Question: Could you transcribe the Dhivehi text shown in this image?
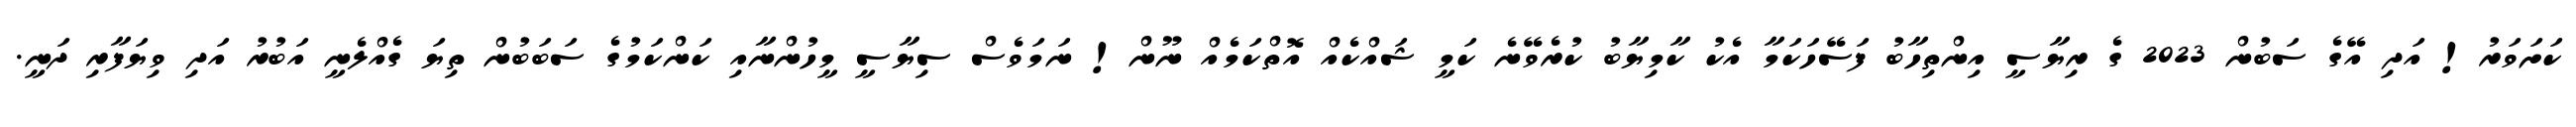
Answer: ކަށަވަރު! އަދި އޭގެ ސަބުން 2023 ގެ ރިޔާސީ އިންތިހާބު ފަސޭހަކަމާ އެކު ކާމިޔާބު ކުރެވޭނެ ކަމީ ޝައްކެއް އޮތްކަމެއް ނޫން! ނަމަވެސް ސިޔާސީ މީހުންނާއި ކަންކަމުގެ ސަބަބުން ތިޔަ ގެއްލެނީ އަބުރު އަދި ވިޔަފާރި ދަނީ.